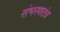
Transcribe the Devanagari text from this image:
संभरणतंत्र